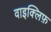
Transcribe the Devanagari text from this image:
वाइक्लिफ़